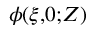
\phi ( \xi , \! 0 ; \! Z )